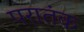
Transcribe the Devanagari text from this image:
परातंक